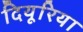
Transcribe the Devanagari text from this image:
दियूरिया